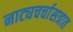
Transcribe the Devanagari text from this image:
नाट्यचर्चासत्रात